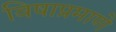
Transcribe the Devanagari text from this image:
विषाप्रमाणे